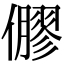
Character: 𠐋